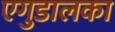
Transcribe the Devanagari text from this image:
एगुडालका